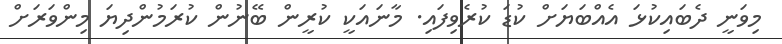
މިވަނީ ދެބައިކުޅަ އެއްބަޔަށް ކުޑަ ކުރެވިފައި. މާނައަކީ ކުރީން ބޭނުން ކުރަމުންދިޔަ މިންވަރަށް